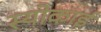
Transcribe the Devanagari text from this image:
स्योकाई